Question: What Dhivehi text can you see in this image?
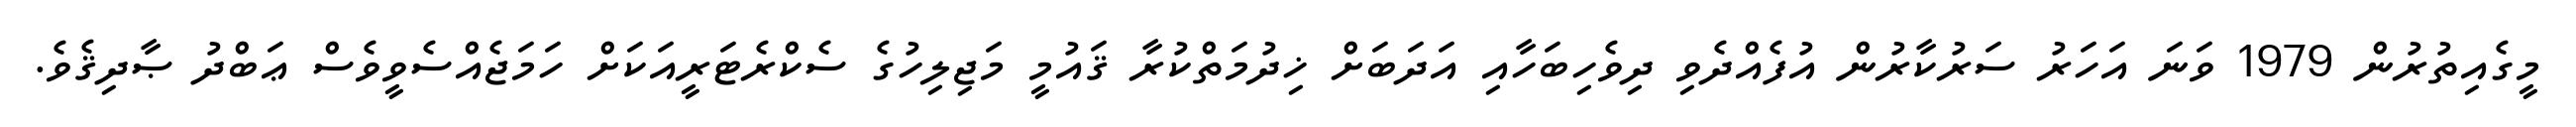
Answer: މީގެއިތުރުން 1979 ވަނަ އަހަރު ސަރުކާރުން އުފެއްދެވި ދިވެހިބަހާއި އަދަބަށް ޚިދުމަތްކުރާ ޤައުމީ މަޖިލިހުގެ ސެކްރެޓަރީއަކަށް ހަމަޖެއްސެވީވެސް ޢަބްދު ޞާދިޤެވެ.